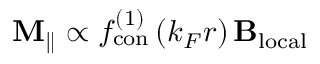
\mathbf { M } _ { \parallel } \propto f _ { \mathrm { c o n } } ^ { ( 1 ) } \left( k _ { F } r \right) \mathbf { B _ { \mathrm { l o c a l } } }